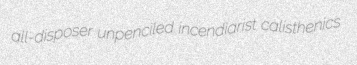
all-disposer unpenciled incendiarist calisthenics